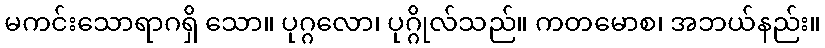
မကင်းသောရာဂရှိ သော။ ပုဂ္ဂလော၊ ပုဂ္ဂိုလ်သည်။ ကတမောစ၊ အဘယ်နည်း။